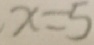
x = 5